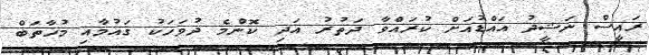
ރައީސް ނަޝީދު އައްޑުއަށް ކުރައްވާ ދަތުރު އަދި ކޮންމެ ދުވަހަކު ޤައުމާއި މުޚާތަބް